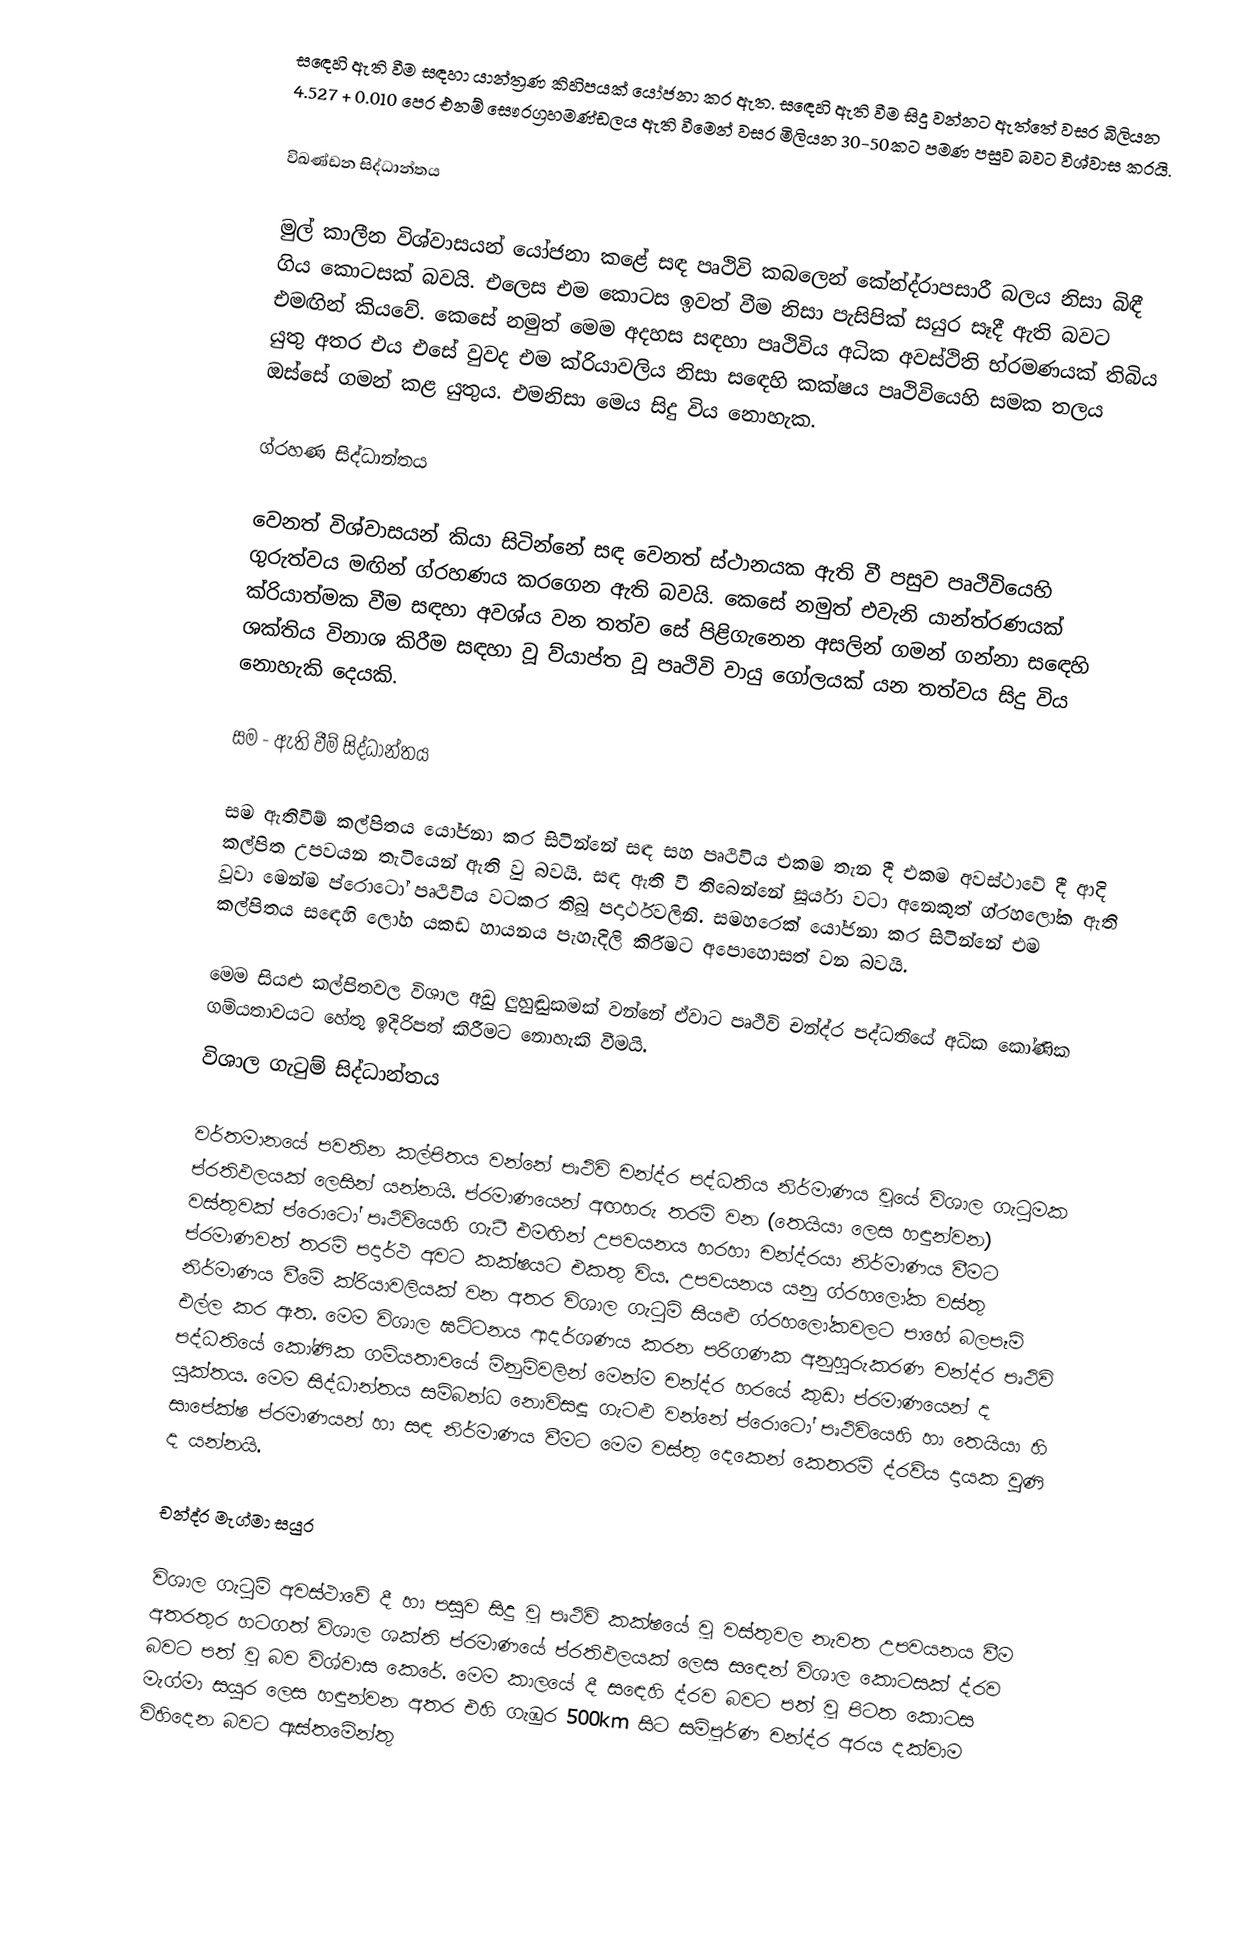
සඳෙහි ඇති වීම සඳහා යාන්ත්‍රණ කිහිපයක් යෝජනා කර ඇත. සඳෙහි ඇති වීම සිදු වන්නට ඇත්තේ වසර බිලියන 4.527 +  0.010 පෙර එනම් සෞරග්‍රහමණ්ඩලය ඇති වීමෙන් වසර මිලියන 30-50කට පමණ පසුව බවට විශ්වාස කරයි.

විඛණ්ඩන  සිද්ධාන්තය

මුල් කාලීන විශ්වාසයන් යෝජනා කළේ සඳ පෘථිවි කබලෙන් කේන්ද්රාපසාරී බලය නිසා බිඳී ගිය කොටසක් බවයි. එලෙස එම කොටස ඉවත් වීම නිසා පැසිපික් සයුර සෑදී ඇති බවට එමඟින් කියවේ. කෙසේ නමුත් මෙම අදහස සඳහා පෘථිවිය අධික අවස්ථිති භ්රමණයක් තිබිය යුතු අතර එය එසේ වුවද එම ක්රියාවලිය නිසා සඳෙහි කක්ෂය පෘථිවියෙහි සමක තලය ඔස්සේ ගමන් කළ යුතුය. එමනිසා මෙය සිදු විය නොහැක.

ග්රහණ සිද්ධාන්තය

වෙනත් විශ්වාසයන් කියා සිටින්නේ සඳ වෙනත් ස්ථානයක ඇති වී පසුව පෘථිවියෙහි ගුරුත්වය මඟින් ග්රහණය කරගෙන ඇති බවයි. කෙසේ නමුත් එවැනි යාන්ත්රණයක් ක්රියාත්මක වීම සඳහා අවශ්ය වන තත්ව සේ පිළිගැනෙන අසලින් ගමන් ගන්නා සඳෙහි ශක්තිය විනාශ කිරීම සඳහා වූ  ව්යාප්ත වූ පෘථිවි වායු ගෝලයක් යන තත්වය සිදු විය නොහැකි දෙයකි.

සම - ඇති වීම් සිද්ධාන්තය

සම ඇතිවීම් කල්පිතය යෝජනා කර සිටින්නේ සඳ සහ පෘථිවිය එකම තැන දී එකම අවස්ථාවේ දී ආදි කල්පිත උපවයන තැටියෙන් ඇති වු බවයි. සඳ ඇති වී තිබෙන්නේ සූර්යා වටා අනෙකුත් ග්රහලෝක ඇති වූවා මෙන්ම ප්රොටෝ පෘථිවිය වටකර තිබූ පදාර්ථවලිනි. සමහරෙක් යෝජනා කර සිටින්නේ එම කල්පිතය සඳෙහි ලෝහ යකඩ හායනය පැහැදිලි කිරීමට අපොහොසත් වන බවයි.

මෙම සියළු කල්පිතවල විශාල අඩු ලුහුඬුකමක් වන්නේ ඒවාට පෘථිවි චන්ද්ර පද්ධතියේ අධික කෝණික ගම්යතාවයට හේතු ඉදිරිපත් කිරීමට නොහැකි වීමයි.
විශාල ගැටුම් සිද්ධාන්තය

වර්තමානයේ පවතින කල්පිතය වන්නේ පෘථිවි චන්ද්ර පද්ධතිය නිර්මාණය වූයේ විශාල ගැටුමක ප්රතිඵලයක් ලෙසින් යන්නයි. ප්රමාණයෙන් අඟහරු තරම් වන (තෙයියා ලෙස හඳුන්වන) වස්තුවක් ප්රොටෝ පෘථිවියෙහි ගැටී එමඟින් උපවයනය හරහා චන්ද්රයා නිර්මාණය වීමට ප්රමාණවත් තරම් පදාර්ථ අවට කක්ෂයට එකතු විය. උපවයනය යනු ග්රහලෝක වස්තු නිර්මාණය වීමේ ක්රියාවලියක් වන අතර විශාල ගැටුම් සියළු ග්රහලෝකවලට පාහේ බලපෑම් එල්ල කර ඇත. මෙම විශාල ඝට්ටනය ආදර්ශණය කරන පරිගණක අනුහුරුකරණ චන්ද්ර පෘථිවි පද්ධතියේ කෝණික ගම්යතාවයේ මිනුම්වලින් මෙන්ම චන්ද්ර හරයේ කුඩා ප්රමාණයෙන් ද යුක්තය. මෙම සිද්ධාන්තය සම්බන්ධ නොවිසඳූ ගැටළු වන්නේ ප්රොටෝ පෘථිවියෙහි හා තෙයියා හි සාපේක්ෂ ප්රමාණයන් හා සඳ නිර්මාණය වීමට මෙම වස්තු දෙකෙන් කෙතරම් ද්රව්ය දායක වුණි ද යන්නයි.

චන්ද්ර මැග්මා සයුර

විශාල ගැටුම් අවස්ථාවේ දී හා පසුව සිදු වූ පෘථිවි කක්ෂයේ වූ වස්තුවල නැවත උපවයනය වීම අතරතුර හටගත් විශාල ශක්ති ප්රමාණයේ ප්රතිඵලයක් ලෙස සඳෙන් විශාල කොටසක් ද්රව බවට පත් වූ බව විශ්වාස කෙරේ. මෙම කාලයේ දී සඳෙහි ද්රව බවට පත් වූ පිටත කොටස මැග්මා සයුර ලෙස හඳුන්වන අතර එහි ගැඹුර 500km සිට සම්පූර්ණ චන්ද්ර අරය දක්වාම විහිදෙන බවට ඇස්තමේන්තු